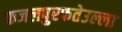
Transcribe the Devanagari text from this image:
फजलपुरफतेउल्ला